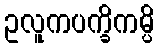
ဥလူကပက္ခိကမ္ပိ